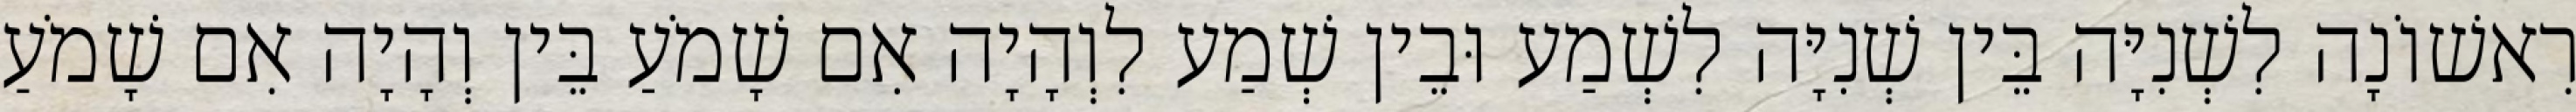
רִאשׁוֹנָה לִשְׁנִיָּה בֵּין שְׁנִיָּה לִשְׁמַע וּבֵין שְׁמַע לִוְהָיָה אִם שָׁמֹעַ בֵּין וְהָיָה אִם שָׁמֹעַ